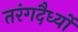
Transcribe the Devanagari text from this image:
तरंगदैर्ध्‍यों